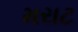
મરાટ